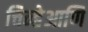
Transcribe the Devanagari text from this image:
चिन्हेआणि